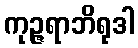
ကုဉ္ဇရာဘိရုဒါ